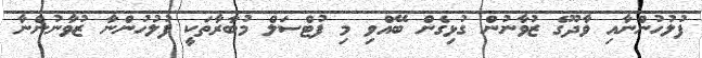
ފުލުހުންނާއި ވާދޫގެ ޒުވާނުން ގުޅިގެން ބޭއްވި މި ފުޓްސަލް މުބާރާތަކީ ފުލުހުންނާ ޒުވާނުންނާ